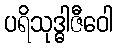
ပရိသုဒ္ဓါဇီဝေါ